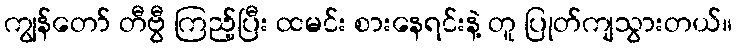
ကျွန်တော် တီဗွီ ကြည့်ပြီး ထမင်း စားနေရင်းနဲ့ တူ ပြုတ်ကျသွားတယ်။